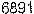
6891